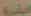
البشرية